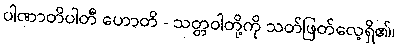
ပါဏာတိပါတီ ဟောတိ - သတ္တဝါတို့ကို သတ်ဖြတ်လေ့ရှိ၏၊